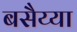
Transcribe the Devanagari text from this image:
बसैय्या